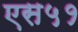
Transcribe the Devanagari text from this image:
एस५१